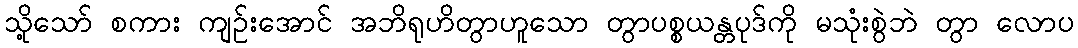
သို့သော် စကား ကျဉ်းအောင် အဘိရုဟိတွာဟူသော တွာပစ္စယန္တပုဒ်ကို မသုံးစွဲဘဲ တွာ လောပ